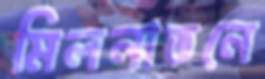
মিলনাতনে